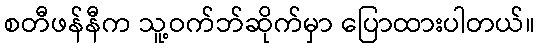
စတီဖန်နီက သူ့ဝက်ဘ်ဆိုက်မှာ ပြောထားပါတယ်။